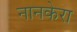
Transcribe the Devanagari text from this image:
नानकेरा